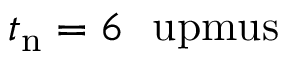
t _ { \mathrm { n } } = 6 ~ \mathrm { \ u p m u s }